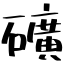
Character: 礦